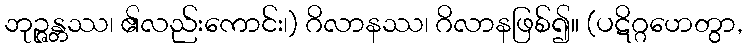
ဘုဉ္ဇန္တဿ၊ ၏လည်းကောင်း၊) ဂိလာနဿ၊ ဂိလာနဖြစ်၍။ (ပဋိဂ္ဂဟေတွာ,